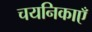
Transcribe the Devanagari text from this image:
चयनिकाएँ